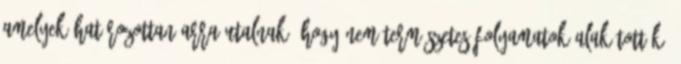
amelyek határozottan arra utalnak, hogy nem természetes folyamatok alakították,